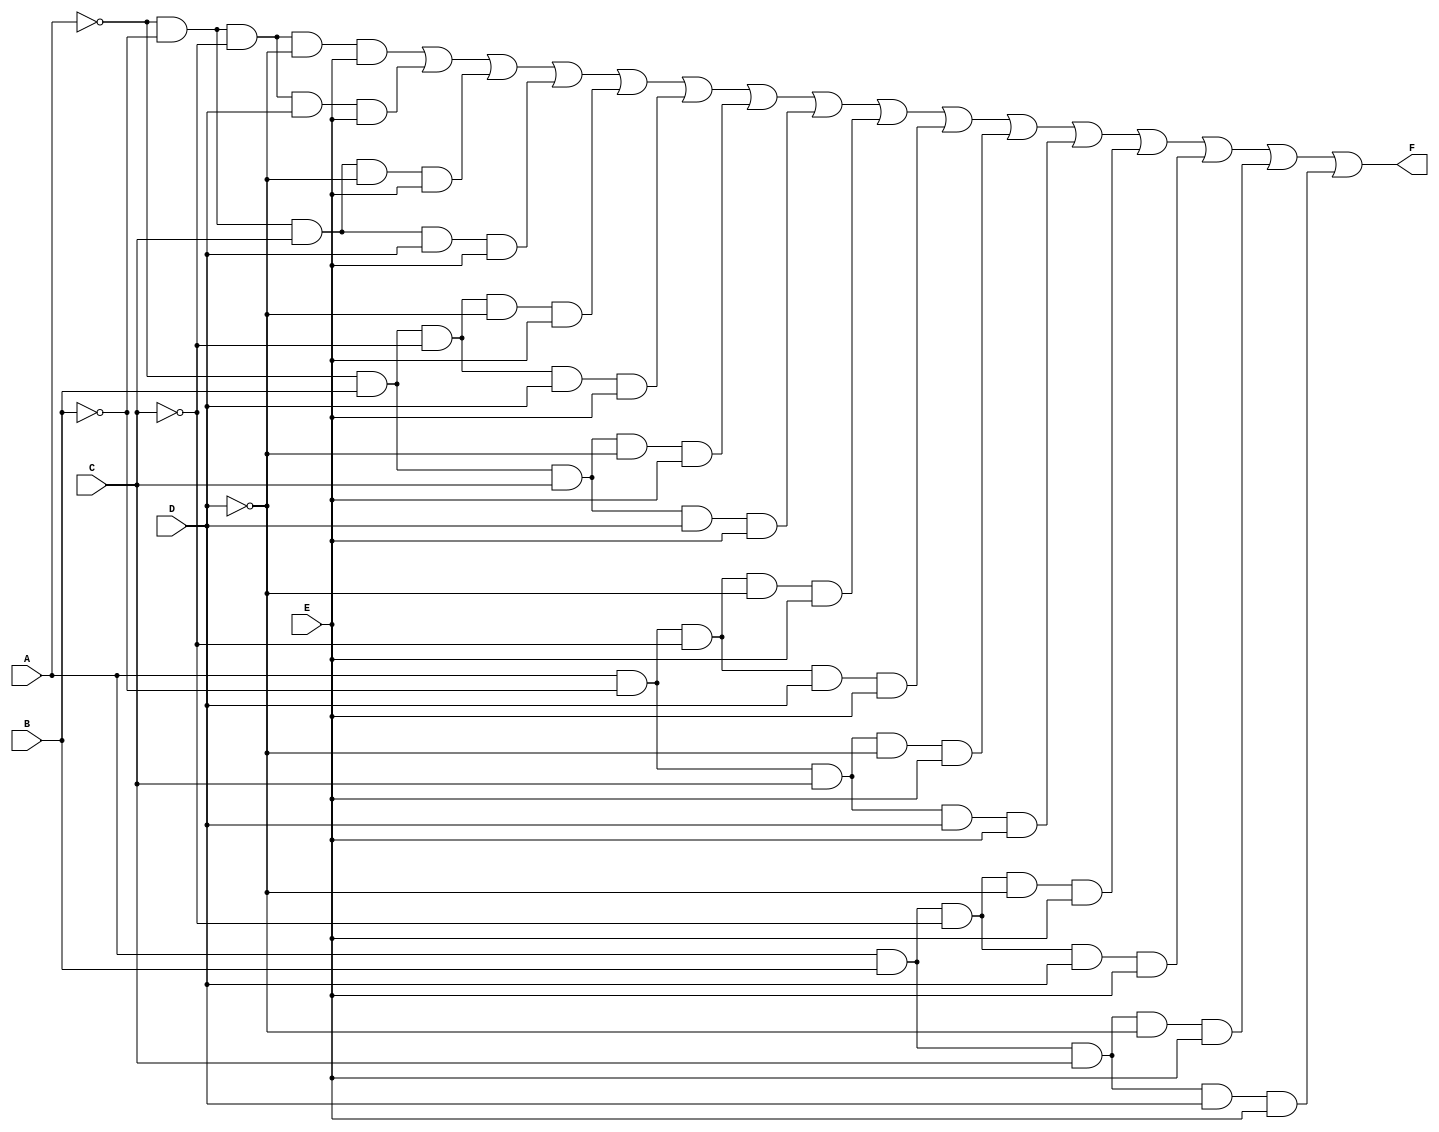
module five_variable_kmap (
    input wire A,  // First variable
    input wire B,  // Second variable
    input wire C,  // Third variable
    input wire D,  // Fourth variable
    input wire E,  // Fifth variable
    output wire F  // Output function
);

// Internal signals for the minterms based on the K-map
wire m0, m1, m2, m3, m4, m5, m6, m7;
wire m8, m9, m10, m11, m12, m13, m14, m15;
wire m16, m17, m18, m19, m20, m21, m22, m23;
wire m24, m25, m26, m27, m28, m29, m30, m31;

// Define the minterms based on the K-map grouping
assign m0  = ~A & ~B & ~C & ~D & ~E; // 0
assign m1  = ~A & ~B & ~C & ~D &  E; // 1
assign m2  = ~A & ~B & ~C &  D & ~E; // 2
assign m3  = ~A & ~B & ~C &  D &  E; // 3
assign m4  = ~A & ~B &  C & ~D & ~E; // 4
assign m5  = ~A & ~B &  C & ~D &  E; // 5
assign m6  = ~A & ~B &  C &  D & ~E; // 6
assign m7  = ~A & ~B &  C &  D &  E; // 7
assign m8  = ~A &  B & ~C & ~D & ~E; // 8
assign m9  = ~A &  B & ~C & ~D &  E; // 9
assign m10 = ~A &  B & ~C &  D & ~E; // 10
assign m11 = ~A &  B & ~C &  D &  E; // 11
assign m12 = ~A &  B &  C & ~D & ~E; // 12
assign m13 = ~A &  B &  C & ~D &  E; // 13
assign m14 = ~A &  B &  C &  D & ~E; // 14
assign m15 = ~A &  B &  C &  D &  E; // 15
assign m16 =  A & ~B & ~C & ~D & ~E; // 16
assign m17 =  A & ~B & ~C & ~D &  E; // 17
assign m18 =  A & ~B & ~C &  D & ~E; // 18
assign m19 =  A & ~B & ~C &  D &  E; // 19
assign m20 =  A & ~B &  C & ~D & ~E; // 20
assign m21 =  A & ~B &  C & ~D &  E; // 21
assign m22 =  A & ~B &  C &  D & ~E; // 22
assign m23 =  A & ~B &  C &  D &  E; // 23
assign m24 =  A &  B & ~C & ~D & ~E; // 24
assign m25 =  A &  B & ~C & ~D &  E; // 25
assign m26 =  A &  B & ~C &  D & ~E; // 26
assign m27 =  A &  B & ~C &  D &  E; // 27
assign m28 =  A &  B &  C & ~D & ~E; // 28
assign m29 =  A &  B &  C & ~D &  E; // 29
assign m30 =  A &  B &  C &  D & ~E; // 30
assign m31 =  A &  B &  C &  D &  E; // 31

// Output function F derived from the K-map grouping
assign F = m1 | m3 | m5 | m7 | m9 | m11 | m13 | m15 |
           m17 | m19 | m21 | m23 | m25 | m27 | m29 | m31;

endmodule